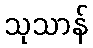
သုသာန်